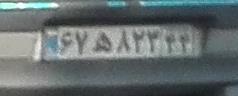
۶۷ه۸۲۳۴۴